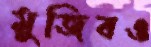
মুজিবও